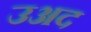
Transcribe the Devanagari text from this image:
उअद